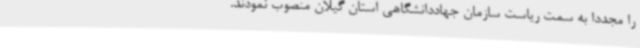
را مجددا به سمت ریاست سازمان جهاددانشگاهی استان گیلان منصوب نمودند.